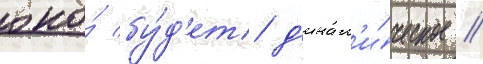
оно́ бу́д'ет д'инам'и́ческое //